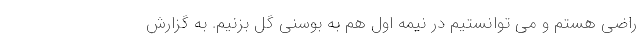
راضی هستم و می توانستیم در نیمه اول هم به بوسنی گل بزنیم. به گزارش